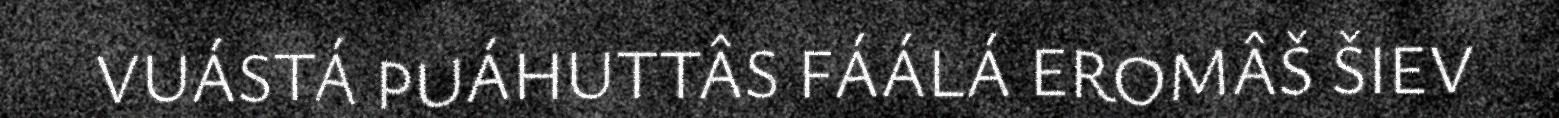
VUÁSTÁ PUÁHUTTÂS FÁÁLÁ EROMÂŠ ŠIEV